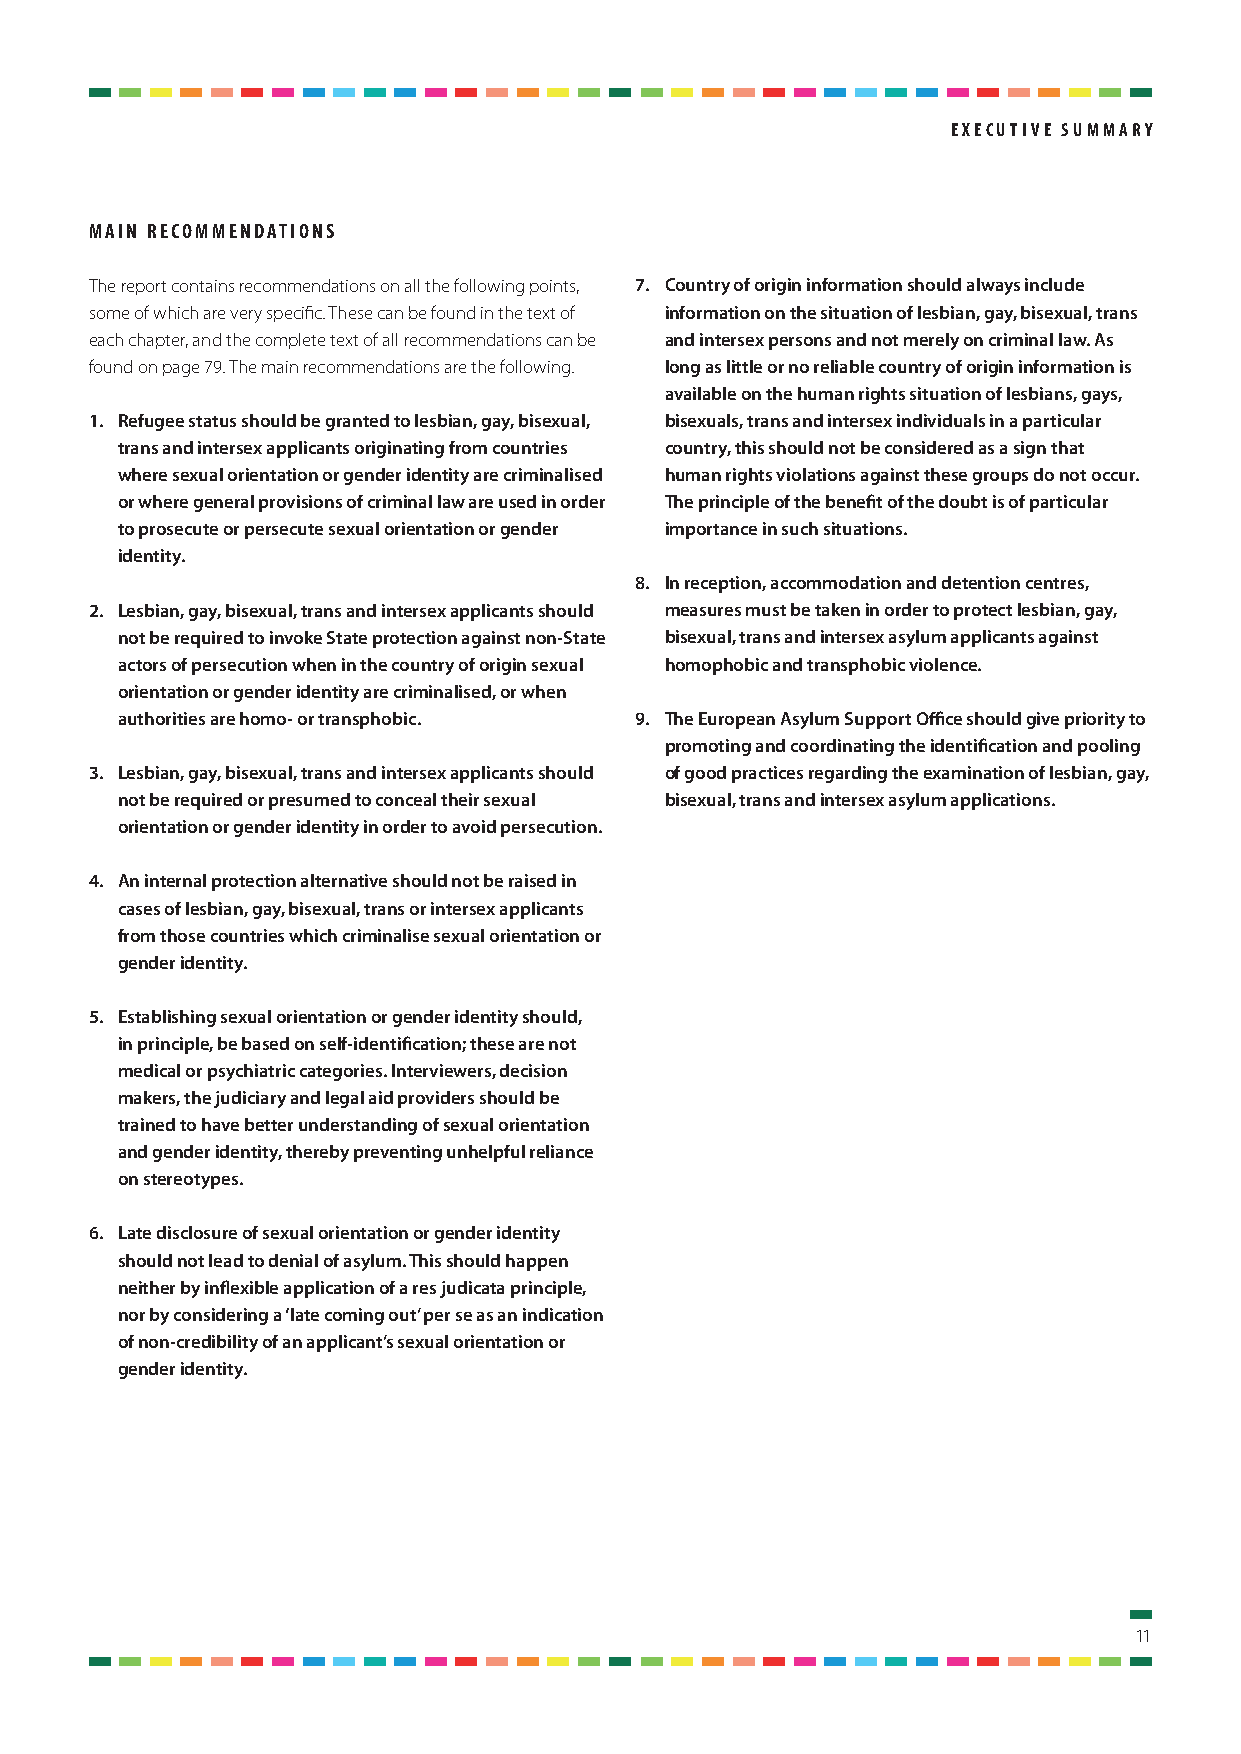
ExEcutivE Summary
 main rEcommEndationS
 The report contains recommendations on all the following points, 7. Country of origin information should always include
 some of which are very specific. These can be found in the text of information on the situation of lesbian, gay, bisexual, trans
 each chapter, and the complete text of all recommendations can be and intersex persons and not merely on criminal law. As
 found on page 79. The main recommendations are the following. long as little or no reliable country of origin information is
 available on the human rights situation of lesbians, gays,
 1. Refugee status should be granted to lesbian, gay, bisexual, bisexuals, trans and intersex individuals in a particular
 trans and intersex applicants originating from countries country, this should not be considered as a sign that
 where sexual orientation or gender identity are criminalised human rights violations against these groups do not occur.
 or where general provisions of criminal law are used in order The principle of the benefit of the doubt is of particular
 to prosecute or persecute sexual orientation or gender importance in such situations.
 identity.
 8. In reception, accommodation and detention centres,
 2. Lesbian, gay, bisexual, trans and intersex applicants should measures must be taken in order to protect lesbian, gay,
 not be required to invoke State protection against non-State bisexual, trans and intersex asylum applicants against
 actors of persecution when in the country of origin sexual homophobic and transphobic violence.
 orientation or gender identity are criminalised, or when
 authorities are homo- or transphobic. 9. The European Asylum Support Office should give priority to
 promoting and coordinating the identification and pooling
 3. Lesbian, gay, bisexual, trans and intersex applicants should of good practices regarding the examination of lesbian, gay,
 not be required or presumed to conceal their sexual bisexual, trans and intersex asylum applications.
 orientation or gender identity in order to avoid persecution.
 4. An internal protection alternative should not be raised in
 cases of lesbian, gay, bisexual, trans or intersex applicants
 from those countries which criminalise sexual orientation or
 gender identity.
 5. Establishing sexual orientation or gender identity should,
 in principle, be based on self-identification; these are not
 medical or psychiatric categories. Interviewers, decision
 makers, the judiciary and legal aid providers should be
 trained to have better understanding of sexual orientation
 and gender identity, thereby preventing unhelpful reliance
 on stereotypes.
 6. Late disclosure of sexual orientation or gender identity
 should not lead to denial of asylum. This should happen
 neither by inflexible application of a res judicata principle,
 nor by considering a ‘late coming out’ per se as an indication
 of non-credibility of an applicant’s sexual orientation or
 gender identity.
 11